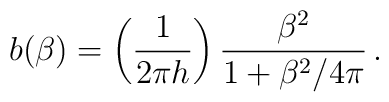
b(\beta)=\left(\frac{1}{2\pi h}\right)\frac{\beta^{2}}{1+\beta^{2}/4\pi}\,.